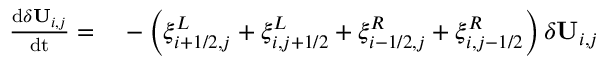
\begin{array} { r l } { \frac { \mathrm { d } \delta \mathbf { U } _ { i , j } } { \mathrm { d t } } = } & { { } - \left( \xi _ { i + 1 / 2 , j } ^ { L } + \xi _ { i , j + 1 / 2 } ^ { L } + \xi _ { i - 1 / 2 , j } ^ { R } + \xi _ { i , j - 1 / 2 } ^ { R } \right) \delta \mathbf { U } _ { i , j } } \end{array}